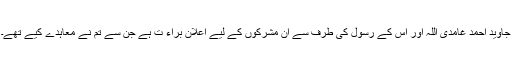
جاوید احمد غامدی اللہ اور اُس کے رسول کی طرف سے اُن مشرکوں کے لیے اعلان براء ت ہے جن سے تم نے معاہدے کیے تھے۔